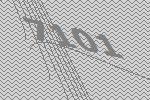
7101